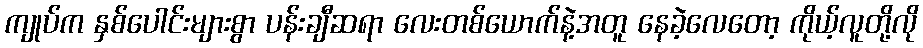
ကျုပ်က နှစ်ပေါင်းများစွာ ပန်းချီဆရာ လေးတစ်ယောက်နဲ့အတူ နေခဲ့လေတော့ ကိုယ့်လူတို့လို